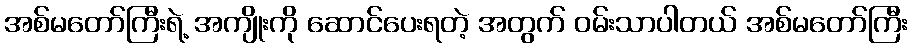
အစ်မတော်ကြီးရဲ့ အကျိုးကို ဆောင်ပေးရတဲ့ အတွက် ဝမ်းသာပါတယ် အစ်မတော်ကြီး